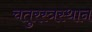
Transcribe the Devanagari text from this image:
चतुरस्त्रस्थान